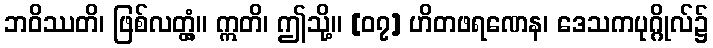
ဘဝိဿတိ၊ ဖြစ်လတ္တံ့။ ဣတိ၊ ဤသို့။ [၀၇] ဟိတဖရဏေန၊ ဒေသကပုဂ္ဂိုလ်၌